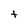
Character: t